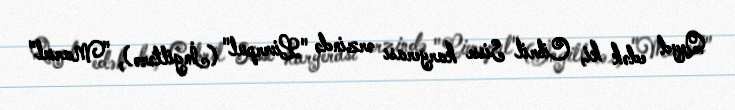
Qeyd edək ki, Cibril Sisse karyerası ərzində "Liverpul" (İngiltərə), "Marsel"